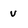
Character: v